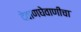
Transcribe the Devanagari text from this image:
देवाणघेवाणीचा